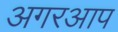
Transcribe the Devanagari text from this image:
अगरआप